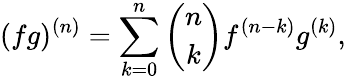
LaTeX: (fg)^{(n)}=\sum_{k=0}^{n}{\binom{n}{k}}f^{(n-k)}g^{(k)},